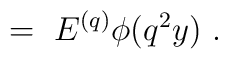
\ =\ E^{(q)} \phi(q^2y) \ .